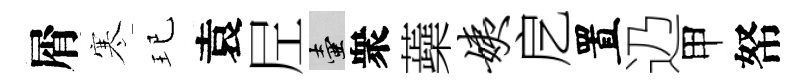
屑寒玘袁𡰱壺衆蘃姨戹置辸甲帑